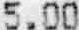
5.00